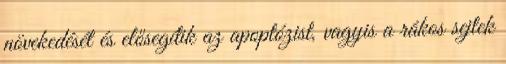
növekedését és elősegítik az apoptózist, vagyis a rákos sejtek